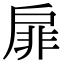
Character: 扉